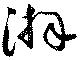
湃